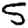
Digit: 5